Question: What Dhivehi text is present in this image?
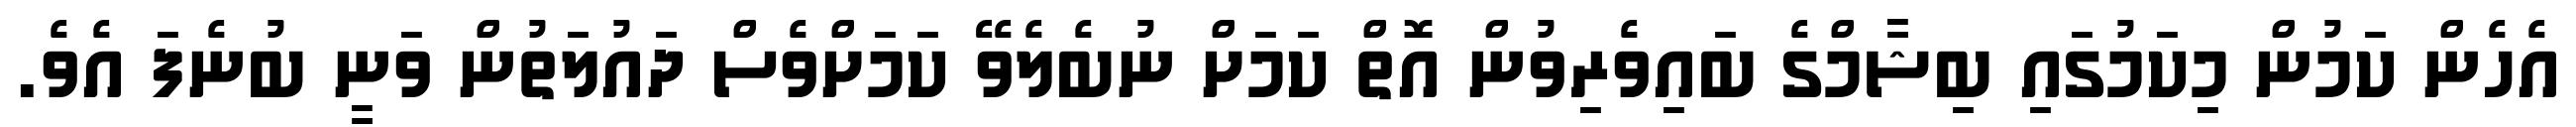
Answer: އެހެން ކަމުން މިކަމުގައި ބިޝާމްގެ ބައިވެރިވުން އޮތް ކަމަށް ނުބެލެވޭ ކަމަށްވެސް ދައުލަތުން ވަނީ ބުނެފަ އެވެ.